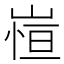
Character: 𭖿